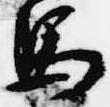
馬